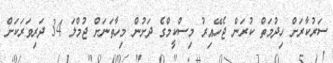
ސަރުކާރަށް ހިދުމަތް ކުރަން ޖެހޭއިރު މިސްކީމްގެ ދަށުން މިހާތަނަށް ޖުމްލަ 34 ދަރިވަރަކަށް